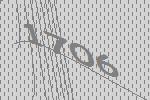
1706